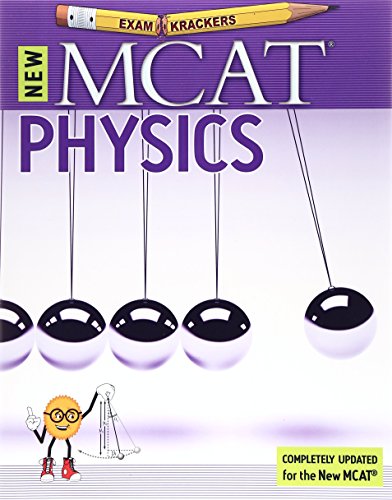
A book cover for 9th Edition Examkrackers MCAT Physics (EXAMKRACKERS MCAT MANUALS); Jonathan Orsay; Test Preparation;